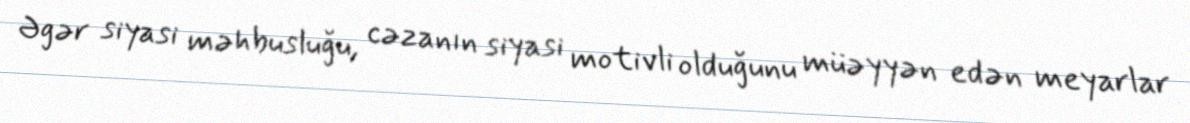
Əgər siyasi məhbusluğu, cəzanın siyasi motivli olduğunu müəyyən edən meyarlar